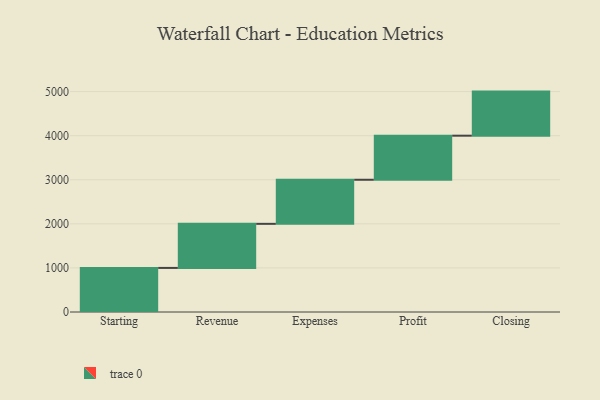
{"axis": {"x": "Step", "y": "Value"}, "legend": [""], "data": [{"x": "Starting", "y": 1000, "type": ""}, {"x": "Revenue", "y": 1000, "type": ""}, {"x": "Expenses", "y": 1000, "type": ""}, {"x": "Profit", "y": 1000, "type": ""}, {"x": "Closing", "y": 1000, "type": ""}]}